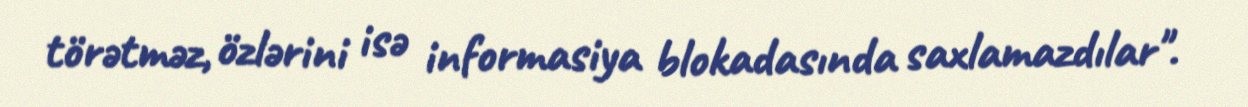
törətməz, özlərini isə informasiya blokadasında saxlamazdılar".